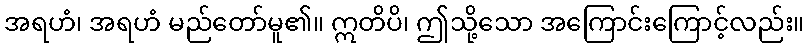
အရဟံ၊ အရဟံ မည်တော်မူ၏။ ဣတိပိ၊ ဤသို့သော အကြောင်းကြောင့်လည်း။